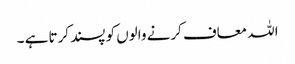
اللہ معاف کرنے والوں کو پسند کرتا ہے ۔